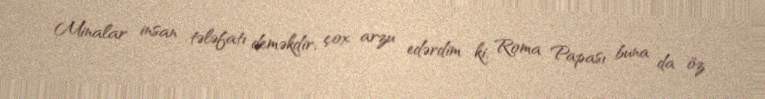
Minalar insan tələfatı deməkdir, çox arzu edərdim ki, Roma Papası buna da öz